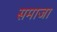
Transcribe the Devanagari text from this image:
समाजा